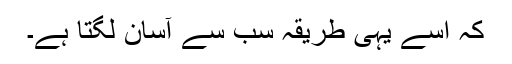
کہ اسے یہی طریقہ سب سے آسان لگتا ہے۔